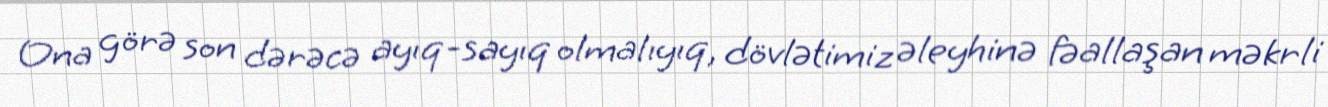
Ona görə son dərəcə ayıq-sayıq olmalıyıq, dövlətimiz əleyhinə fəallaşan məkrli